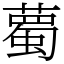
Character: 薥